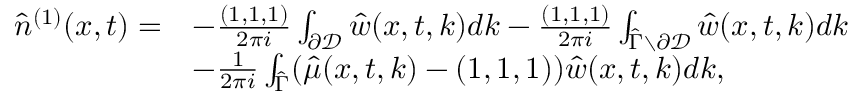
\begin{array} { r l } { \hat { n } ^ { ( 1 ) } ( x , t ) = } & { - \frac { ( 1 , 1 , 1 ) } { 2 \pi i } \int _ { \partial \mathcal { D } } \hat { w } ( x , t , k ) d k - \frac { ( 1 , 1 , 1 ) } { 2 \pi i } \int _ { \hat { \Gamma } \setminus \partial \mathcal { D } } \hat { w } ( x , t , k ) d k } \\ & { - \frac { 1 } { 2 \pi i } \int _ { \hat { \Gamma } } ( \hat { \mu } ( x , t , k ) - ( 1 , 1 , 1 ) ) \hat { w } ( x , t , k ) d k , } \end{array}